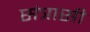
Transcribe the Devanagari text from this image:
संत्रासी